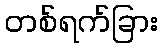
တစ်ရက်ခြား